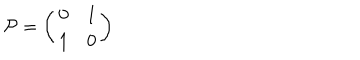
\mathcal { P } = \left( \begin{array} { c c } { { 0 } } & { { 1 } } \\ { { 1 } } & { { 0 } } \\ \end{array} \right)